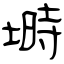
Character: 塒